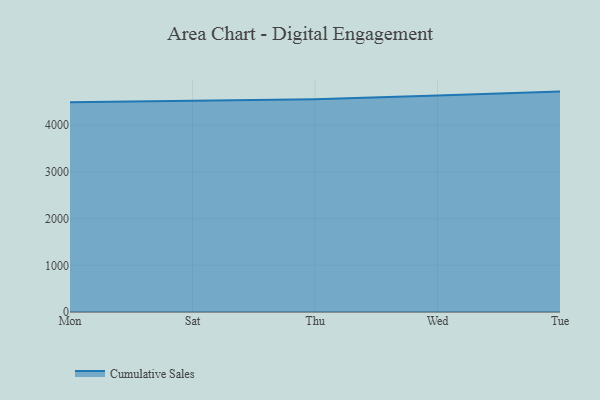
{"axis": {"x": "Day", "y": "Churn Rate (%)"}, "legend": ["Cumulative Sales"], "data": [{"x": "Mon", "y": 4492.7, "type": "Cumulative Sales"}, {"x": "Sat", "y": 4521.6, "type": "Cumulative Sales"}, {"x": "Thu", "y": 4557.7, "type": "Cumulative Sales"}, {"x": "Wed", "y": 4634.3, "type": "Cumulative Sales"}, {"x": "Tue", "y": 4719.5, "type": "Cumulative Sales"}]}